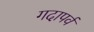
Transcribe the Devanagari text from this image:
गदापर्व